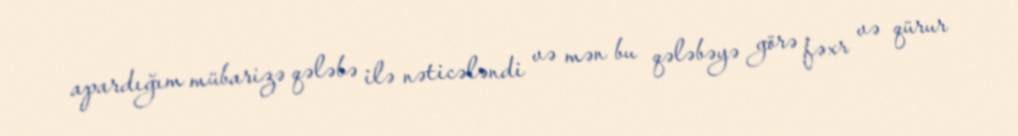
apardığım mübarizə qələbə ilə nəticələndi və mən bu qələbəyə görə fəxr və qürur